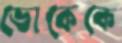
ডোকেকে